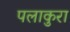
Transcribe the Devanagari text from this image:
पलाकुरा